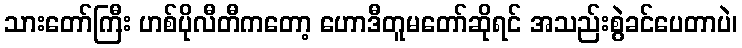
သားတော်ကြီး ဟစ်ပိုလီတီကတော့ ဟောဒီတူမတော်ဆိုရင် အသည်းစွဲခင်ပေတာပဲ၊